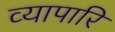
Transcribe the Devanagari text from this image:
व्यापारि